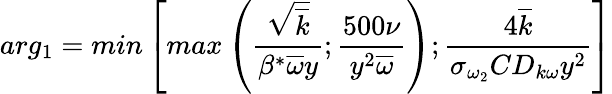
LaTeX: arg_{1}=min\left[max\left(\frac{\sqrt{\overline{{k}}}}{\beta^{*}\overline{{\omega}}y};\frac{500\nu}{y^{2}\overline{{\omega}}}\right);\frac{4\overline{{k}}}{\sigma_{\omega_{2}}CD_{k\omega}y^{2}}\right]